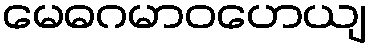
မေဓဂမာဝဟေယျ